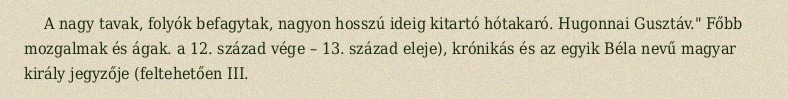
A nagy tavak, folyók befagytak, nagyon hosszú ideig kitartó hótakaró. Hugonnai Gusztáv." Főbb mozgalmak és ágak. a 12. század vége – 13. század eleje), krónikás és az egyik Béla nevű magyar király jegyzője (feltehetően III.